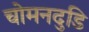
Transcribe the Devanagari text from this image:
चोमनदुडि